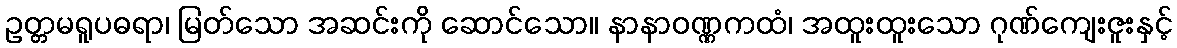
ဥတ္တမရူပဓရာ၊ မြတ်သော အဆင်းကို ဆောင်သော။ နာနာဝဏ္ဏကထံ၊ အထူးထူးသော ဂုဏ်ကျေးဇူးနှင့်